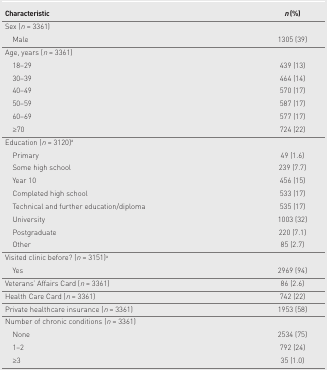
| Characteristic | n (%) |
 | --- | --- |
 | Sex (n = 3361) |  |
 | Male | 1305 (39) |
 | Age, years (n = 3361) |  |
 | 18–29 | 439 (13) |
 | 30–39 | 464 (14) |
 | 40–49 | 570 (17) |
 | 50–59 | 587 (17) |
 | 60–69 | 577 (17) |
 | ≥70 | 724 (22) |
 | Education (n = 3120)a |  |
 | Primary | 49 (1.6) |
 | Some high school | 239 (7.7) |
 | Year 10 | 456 (15) |
 | Completed high school | 533 (17) |
 | Technical and further education/diploma | 535 (17) |
 | University | 1003 (32) |
 | Postgraduate | 220 (7.1) |
 | Other | 85 (2.7) |
 | Visited clinic before? (n = 3151)a |  |
 | Yes | 2969 (94) |
 | Veterans’ Affairs Card (n = 3361) | 86 (2.6) |
 | Health Care Card (n = 3361) | 742 (22) |
 | Private healthcare insurance (n = 3361) | 1953 (58) |
 | Number of chronic conditions (n = 3361) |  |
 | None | 2534 (75) |
 | 1–2 | 792 (24) |
 | ≥3 | 35 (1.0) |